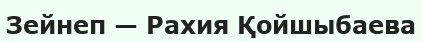
Зейнеп — Рахия Қойшыбаева